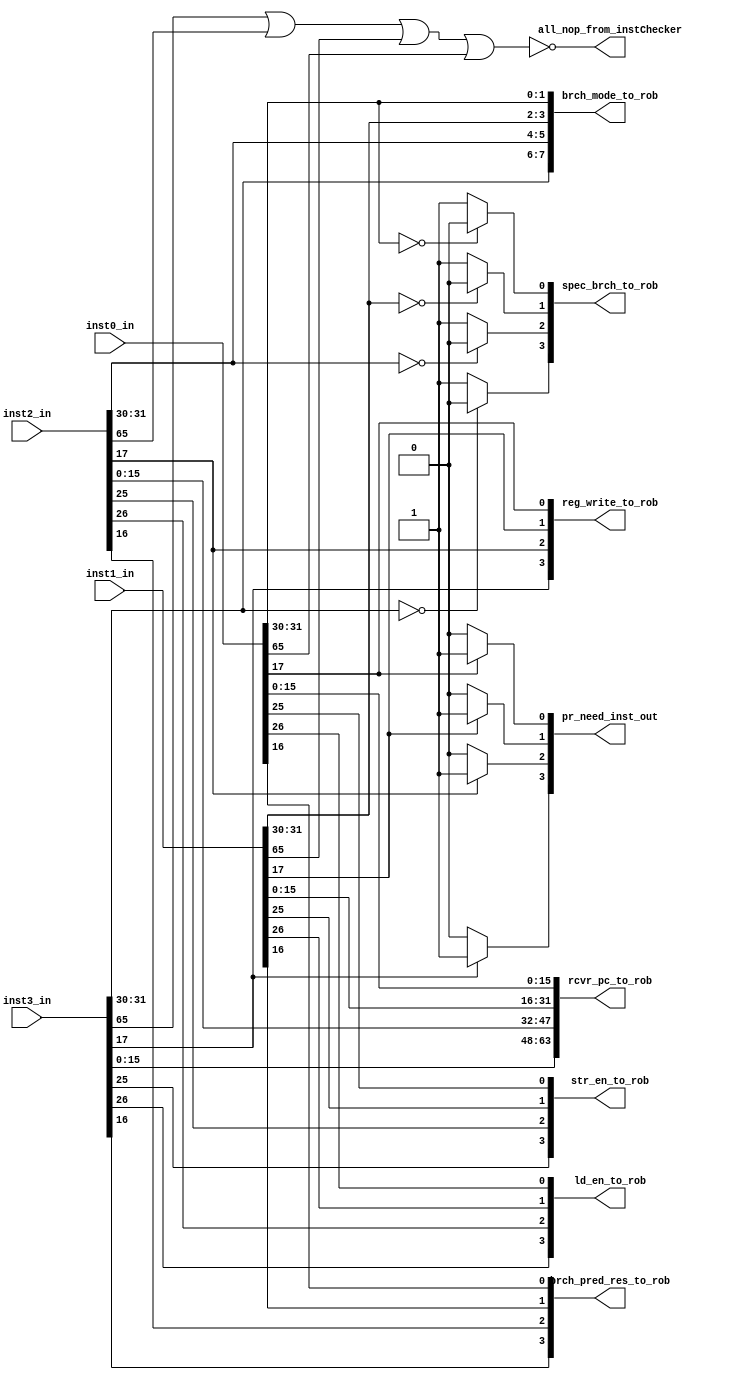
module instChecker(/*autoarg*/
   // Outputs
   pr_need_inst_out, rcvr_pc_to_rob, str_en_to_rob, ld_en_to_rob,
   spec_brch_to_rob, brch_mode_to_rob, brch_pred_res_to_rob,
   reg_write_to_rob, all_nop_from_instChecker,
   // Inputs
   inst0_in, inst1_in, inst2_in, inst3_in
   );

   input wire [65:0] inst0_in,inst1_in,inst2_in,inst3_in;
   output wire [3:0] pr_need_inst_out;
   output wire [63:0] rcvr_pc_to_rob;
   output wire [3:0]  str_en_to_rob;
   output wire [3:0]  ld_en_to_rob;
   output wire [3:0]  spec_brch_to_rob;
   output wire [7:0]  brch_mode_to_rob;
   output wire [3:0]  brch_pred_res_to_rob;
   output wire [3:0]  reg_write_to_rob;
 
   output wire 	      all_nop_from_instChecker;
   
   
   wire 	 pr_need[3:0];
   wire 	 brch_spec[3:0];
   wire 	 jr[3:0];
   wire   no_exe[3:0];
   
   assign pr_need[3] = inst3_in[17] ? 1:0;
   assign pr_need[2] = inst2_in[17] ? 1:0;
   assign pr_need[1] = inst1_in[17] ? 1:0;
   assign pr_need[0] = inst0_in[17] ? 1:0;

   assign pr_need_inst_out = {pr_need[3],pr_need[2],pr_need[1],pr_need[0]};
  
   assign rcvr_pc_to_rob = {inst3_in[15:0],inst2_in[15:0],inst1_in[15:0],inst0_in[15:0]};

   assign str_en_to_rob = {inst3_in[25],inst2_in[25],inst1_in[25],inst0_in[25]};

   assign ld_en_to_rob = {inst3_in[26],inst2_in[26],inst1_in[26],inst0_in[26]};
   

   assign brch_spec[3] = (inst3_in[31:30] == 2'b00) ? 0:1;
   assign brch_spec[2] = (inst2_in[31:30] == 2'b00) ? 0:1;
   assign brch_spec[1] = (inst1_in[31:30] == 2'b00) ? 0:1;
   assign brch_spec[0] = (inst0_in[31:30] == 2'b00) ? 0:1;

   assign spec_brch_to_rob = {brch_spec[3],brch_spec[2],brch_spec[1],brch_spec[0]};

   assign brch_mode_to_rob = {inst3_in[31:30],inst2_in[31:30],inst1_in[31:30],inst0_in[31:30]};

   assign brch_pred_res_to_rob = {inst3_in[16],inst2_in[16],inst1_in[16],inst0_in[16]};

   assign all_nop_from_instChecker = ~(inst3_in[65] | inst2_in[65]| inst1_in[65] | inst0_in[65]);

   assign reg_write_to_rob = {inst3_in[17],inst2_in[17],inst1_in[17],inst0_in[17]};
   
   
endmodule // instChecker